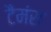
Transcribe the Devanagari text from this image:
टैमंस